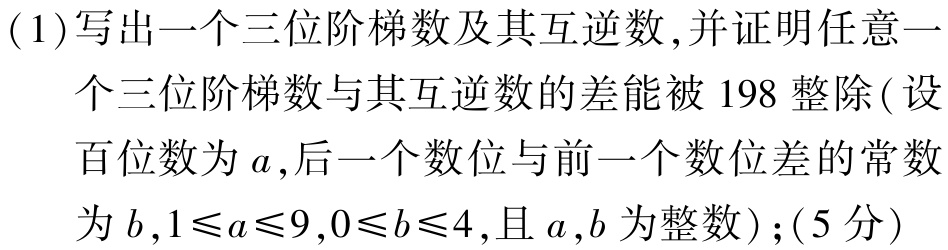
(1)写出一个三位阶梯数及其互逆数,并证明任意一个三位阶梯数与其互逆数的差能被$198$整除(设百位数为$a$,后一个数位与前一个数位差的常数为$b$,$1\leqslant a\leqslant9,0\leqslant b\leqslant4$,且$a,b$为整数);(5分)